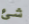
شئ